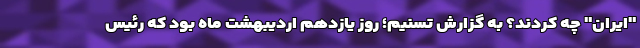
"ایران" چه کردند؟ به گزارش تسنیم؛ روز یازدهم اردیبهشت ماه بود که رئیس